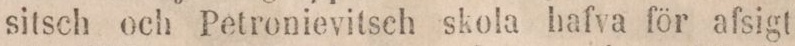
sitsch och Petronievitsch skola hafva för afsigt